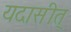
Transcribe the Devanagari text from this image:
यदासीत्